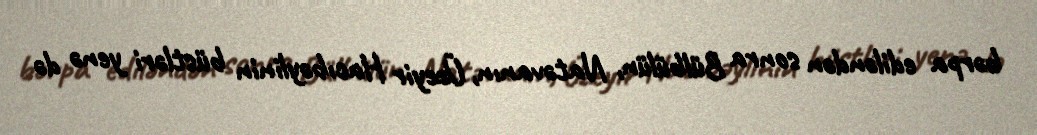
bərpa ediləndən sonra Bülbülün, Natəvanın, Üzeyir Hacıbəylinin büstləri yenə də